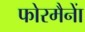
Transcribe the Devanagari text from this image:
फोरमैनाें